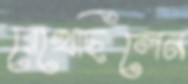
রেখেছিলেন